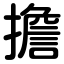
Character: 擔